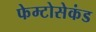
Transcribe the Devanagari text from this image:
फेम्टोसेकंड